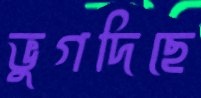
ভুগদিছে